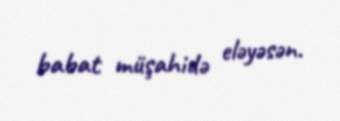
babat müşahidə eləyəsən.